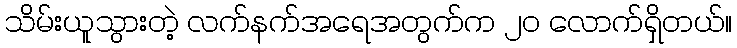
သိမ်းယူသွားတဲ့ လက်နက်အရေအတွက်က ၂၀ လောက်ရှိတယ်။